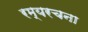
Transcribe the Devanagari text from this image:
रम्यरचना